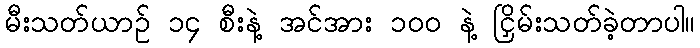
မီးသတ်ယာဉ် ၁၄ စီးနဲ့ အင်အား ၁၀၀ နဲ့ ငြှိမ်းသတ်ခဲ့တာပါ။